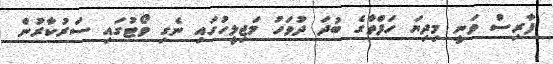
ފާރިސް ވަނީ މިދިޔަ ހަފްތާގެ ބުދަ ދުވަހު މަޖިލީހުގައި ނެގި ވޯޓުގައި ސަރުކާރުން